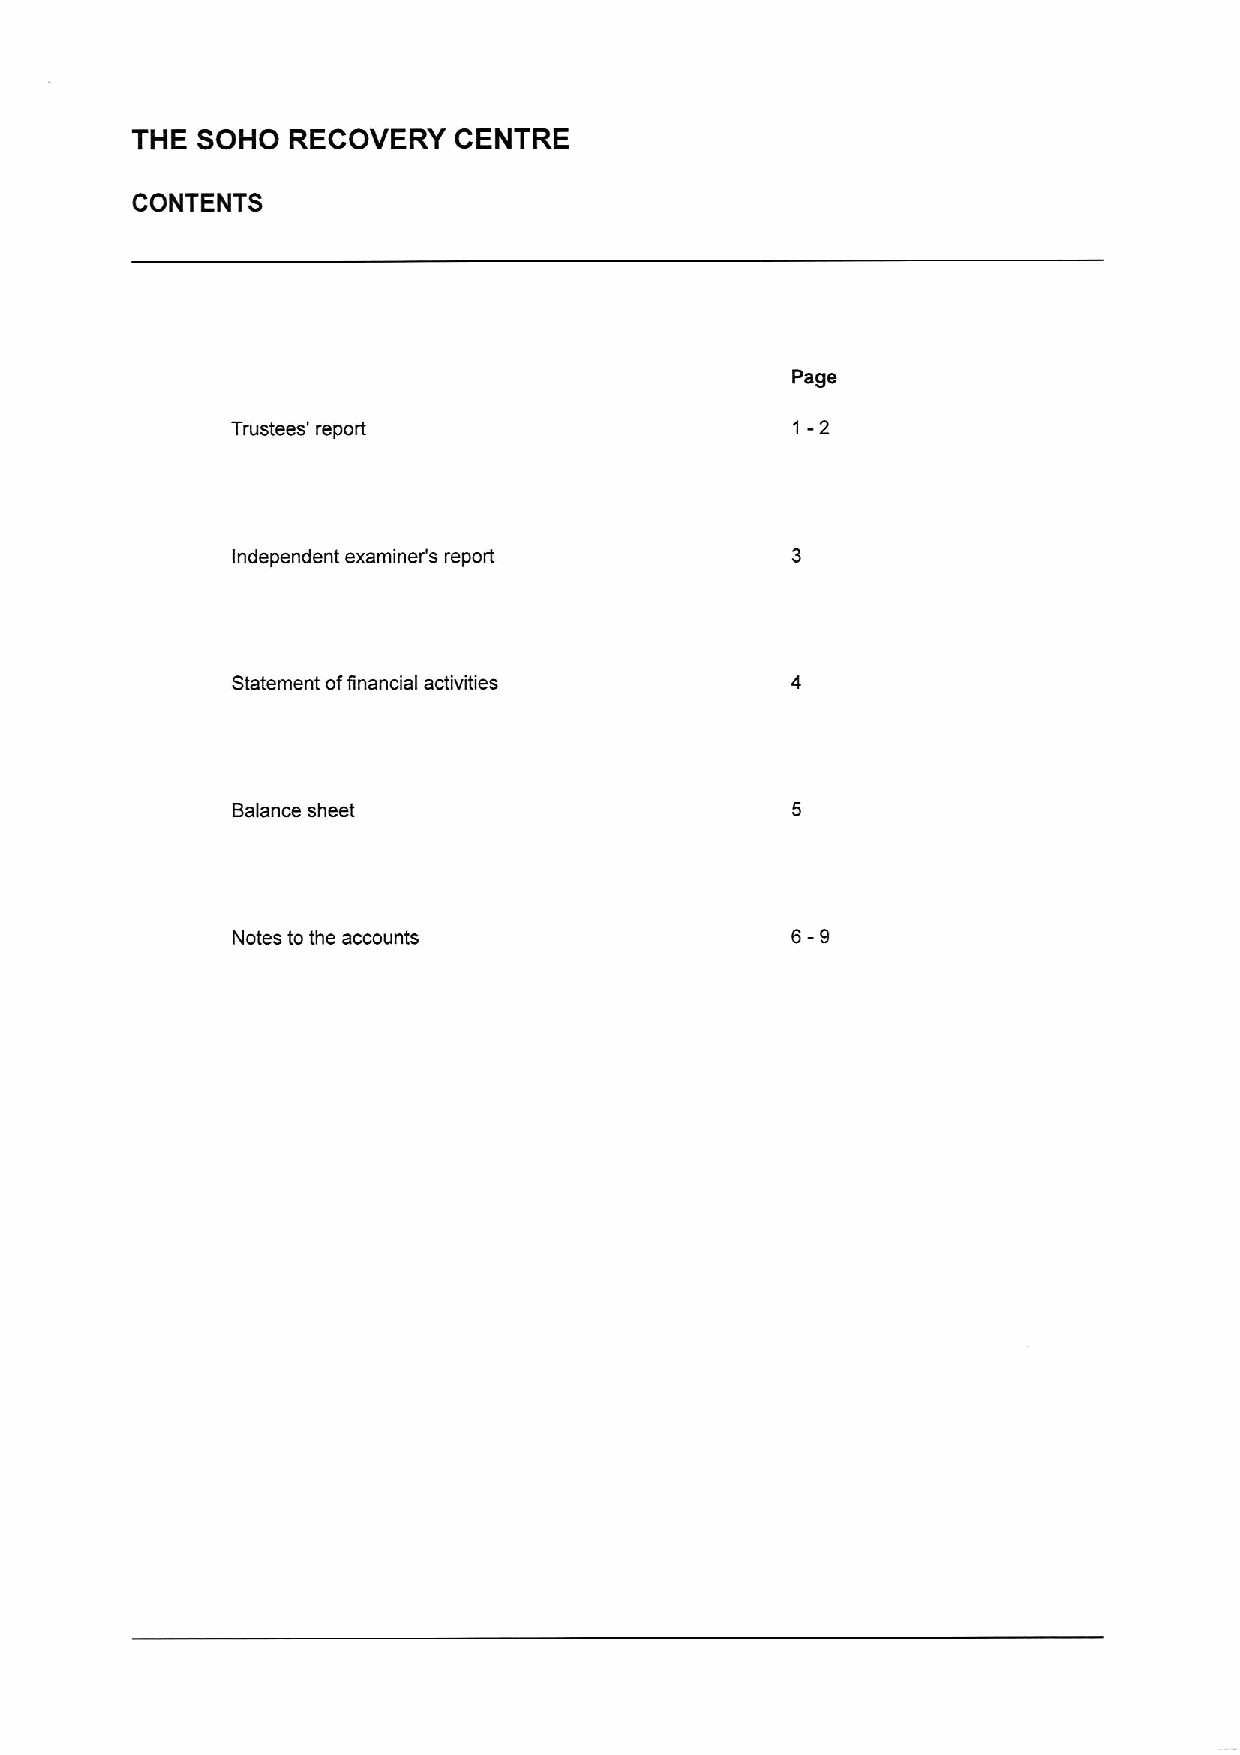
THE SOHO  RECOVERY   CENTRE
 CONTENTS
 Page
 1-2
 Trustees' report
 Independent examiner's report
 Statement offinancial activities
 Balance sheet
 Notes to the accounts